Civil Veterinary Dept. North-West Frontier Province 1923-32 - 1923-1932
Year: 1923
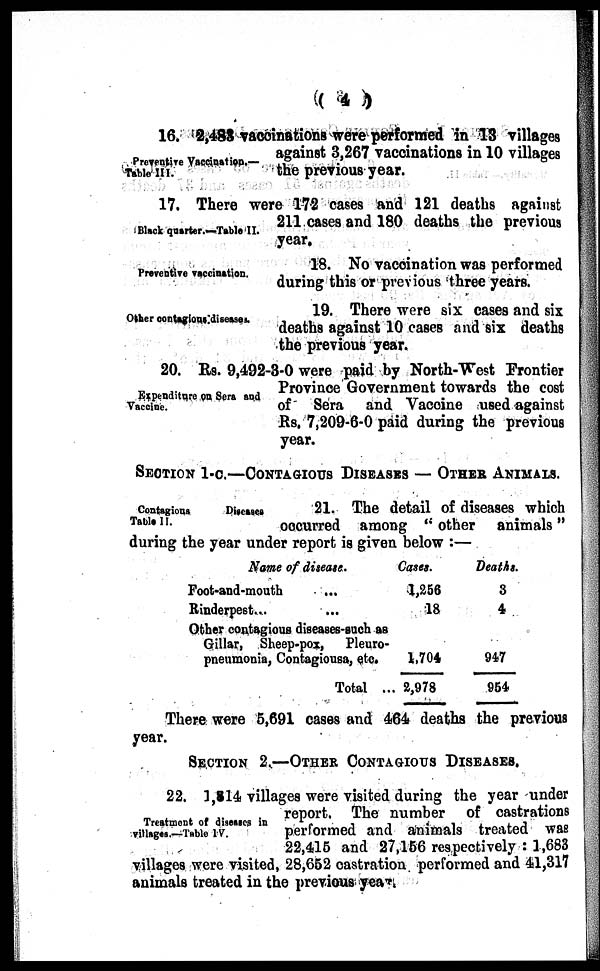
( 4 )
Preventive Vaccination.—
Table III.
16. 2,483 vaccinations were performed in 13 villages
against 3,267 vaccinations in 10 villages
the previous year.
Black quarter.—Table II.
17. There were 172 cases and 121 deaths against
211 cases and 180 deaths the previous
year.
Preventive vaccination.
18. No vaccination was performed
during this or previous three years.
Other contagious diseases.
19. There were six cases and six
deaths against 10 cases and six deaths
the previous year.
Expenditure on Sera and
Vaccine.
20. Rs. 9,492-3-0 were paid by North-West Frontier
Province Government towards the cost
of Sera and Vaccine used against
Rs. 7,209-6-0 paid during the previous
year.
SECTION 1-C.—CONTAGIOUS DISEASES — OTHER ANIM
Contagions
Diseases
Table II.
21. The detail of diseases which
occurred among "other animals"
during the year under report is given below:—
Name of disease.
Foot-and-mouth
Rinderpest ...
Other contagious diseases-such as
Gillar, Sheep-pox, Pleuro-
pneumonia, Contagiousa, etc.
Total ..
Cases.
1,256
18
1,704
2,978
Deaths.
3
4
947
954
There were 5,691 cases and 464 deaths the previous
year.
SECTION 2.—OTHER CONTAGIOUS DISEASES.
Treatment of diseases in
village.—Table IV.
22. 1,814 villages were visited during the year under
report. The number of castrations
performed and animals treated was
22,415 and 27,156 respectively: 1,683
villages were visited, 28,652 castration performed and 41,317
animals treated in the previous year.